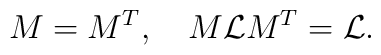
M = M^T, \quad M{\cal{L}}M^T = {\cal{L}}.